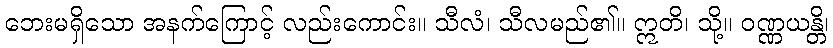
ဘေးမရှိသော အနက်ကြောင့် လည်းကောင်း။ သီလံ၊ သီလမည်၏။ ဣတိ၊ သို့။ ဝဏ္ဏယန္တိ၊